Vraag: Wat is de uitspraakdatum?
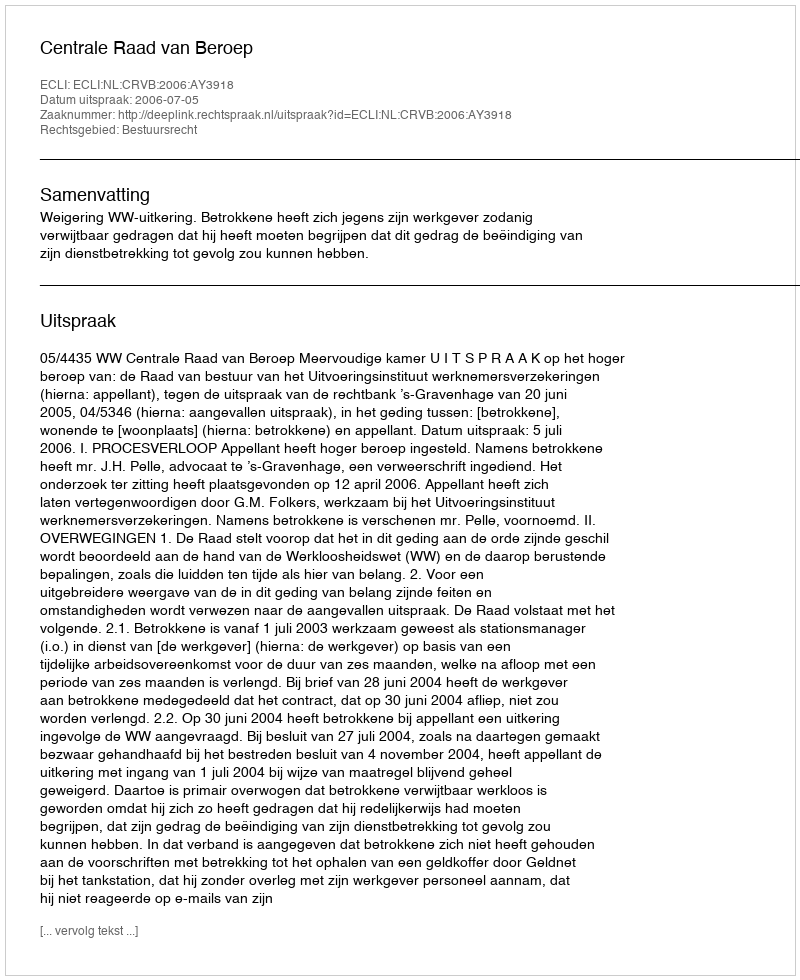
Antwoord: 2006-07-05